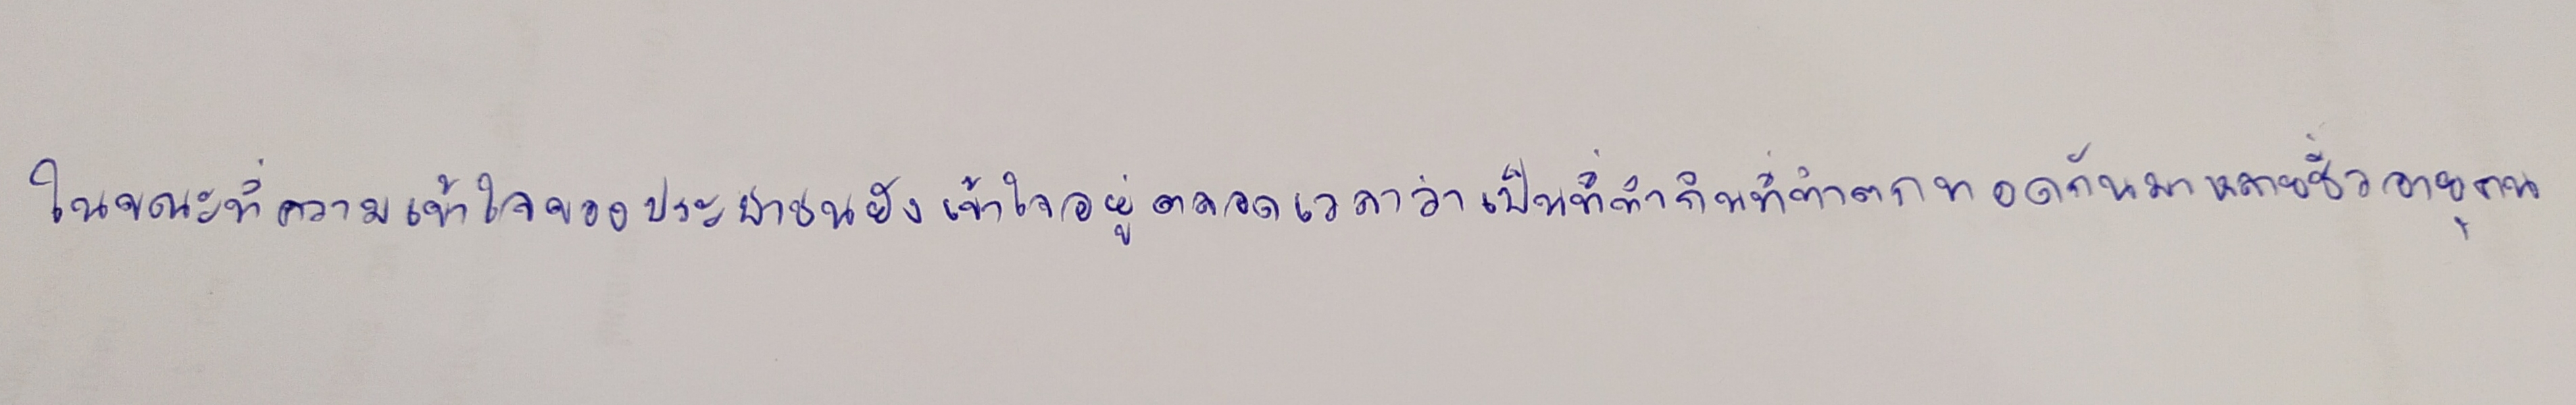
ในขณะที่ความเข้าใจของประชาชนยังเข้าใจอยู่ตลอดเวลาว่าเป็นที่ทำกินที่ทำตกทอดกันมาหลายชั่วอายุคน